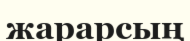
жарарсың